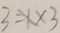
3 = X \times 3